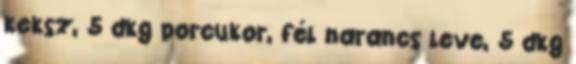
keksz, 5 dkg porcukor, fél narancs leve, 5 dkg